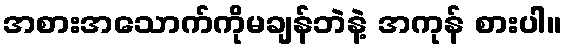
အစားအသောက်ကိုမချန်ဘဲနဲ့ အကုန် စားပါ။